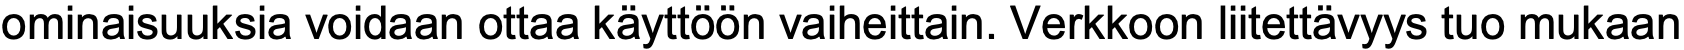
ominaisuuksia voidaan ottaa käyttöön vaiheittain. Verkkoon liitettävyys tuo mukaan